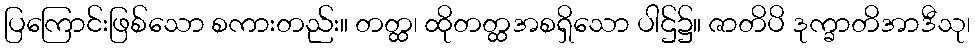
ပြကြောင်းဖြစ်သော စကားတည်း။ တတ္ထ၊ ထိုတတ္ထအစရှိသော ပါဌ်၌။ ဇာတိပိ ဒုက္ခာတိအာဒီသု၊